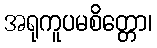
အရုကူပမစိတ္တော၊